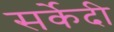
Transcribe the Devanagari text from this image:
सर्केदी